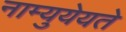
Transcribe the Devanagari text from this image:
नाम्युयेयते